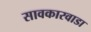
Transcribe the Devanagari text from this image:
सावकारवाडा